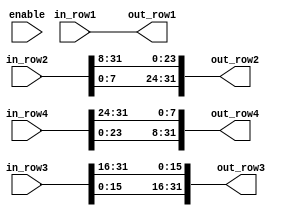
`timescale 1ns / 1ps
//////////////////////////////////////////////////////////////////////////////////
//Company : 
//Engineer : 
//
//Design Name : 
//Module Name : shiftRows
//Project Name : 
//Target Devices : 
//Tool Versions : 
//Description : 
//
//Dependencies : 
//
//Revision : 
//Revision 0.01 - File Created
//Additional Comments : 
//
//////////////////////////////////////////////////////////////////////////////////

module shiftRows(in_row1, in_row2, in_row3, in_row4, enable, out_row1, out_row2, out_row3, out_row4) ;

    input [31 : 0] in_row1, in_row2, in_row3, in_row4;
    input enable;
    output reg [31 : 0] out_row1, out_row2, out_row3, out_row4;

    // reg [31 : 0] temp1, temp2, temp3, temp4;

always @(enable) begin

    out_row1[31:24] <= in_row1[31:24];
    out_row1[23:16] <= in_row1[23:16];
    out_row1[15:8] <= in_row1[15:8];
    out_row1[7:0] <= in_row1[7:0];

    out_row2[31:24] <= in_row2[7:0];
    out_row2[23:16] <= in_row2[31:24];
    out_row2[15:8] <= in_row2[23:16];
    out_row2[7:0] <= in_row2[15:8];

    out_row3[31:24] <= in_row3[15:8];
    out_row3[23:16] <= in_row3[7:0];
    out_row3[15:8] <= in_row3[31:24];
    out_row3[7:0] <= in_row3[23:16];

    out_row4[31:24] <= in_row4[23:16];
    out_row4[23:16] <= in_row4[15:8];
    out_row4[15:8] <= in_row4[7:0];
    out_row4[7:0] <= in_row4[31:24];

end
endmodule
    
// always @(enable) begin
//     temp1 <= in_row1;
//     temp2 <= in_row2;
//     temp3 <= in_row3;
//     temp4 <= in_row4;
//     case (row)
//         1 : begin
//             out_row1 <= temp1;
//             out_row2 <= temp2;
//             out_row3 <= temp3;
//             out_row4 <= temp4;
//         end
//         2 : begin
//             out_row1 <= temp2;
//             out_row2 <= temp3;
//             out_row3 <= temp4;
//             out_row4 <= temp1;
//         end
//         3 : begin
//             out_row1 <= temp3;
//             out_row2 <= temp4;
//             out_row3 <= temp1;
//             out_row4 <= temp2;
//         end
//         4 : begin
//             out_row1 <= temp4;
//             out_row2 <= temp1;
//             out_row3 <= temp2;
//             out_row4 <= temp3;
//         end
//     endcase
// end
// endmodule